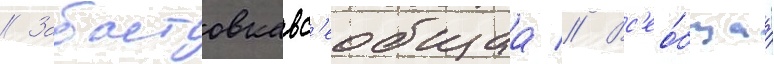
// Забастовкавс'еобщаа // Вс'ео́бщаа